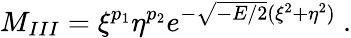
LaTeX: M_{III}=\xi^{p_{1}}\eta^{p_{2}}e^{-\sqrt{-E/2}(\xi^{2}+\eta^{2})}\ .